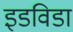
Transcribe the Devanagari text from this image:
इडविडा